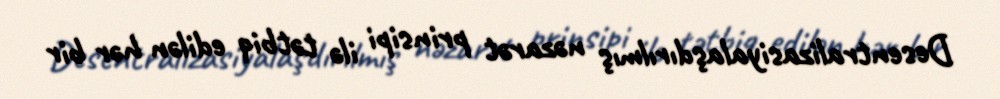
Desentralizasiyalaşdırılmış nəzarət prinsipi ilə tətbiq edilən hər bir